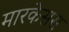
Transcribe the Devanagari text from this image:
मारकेसस